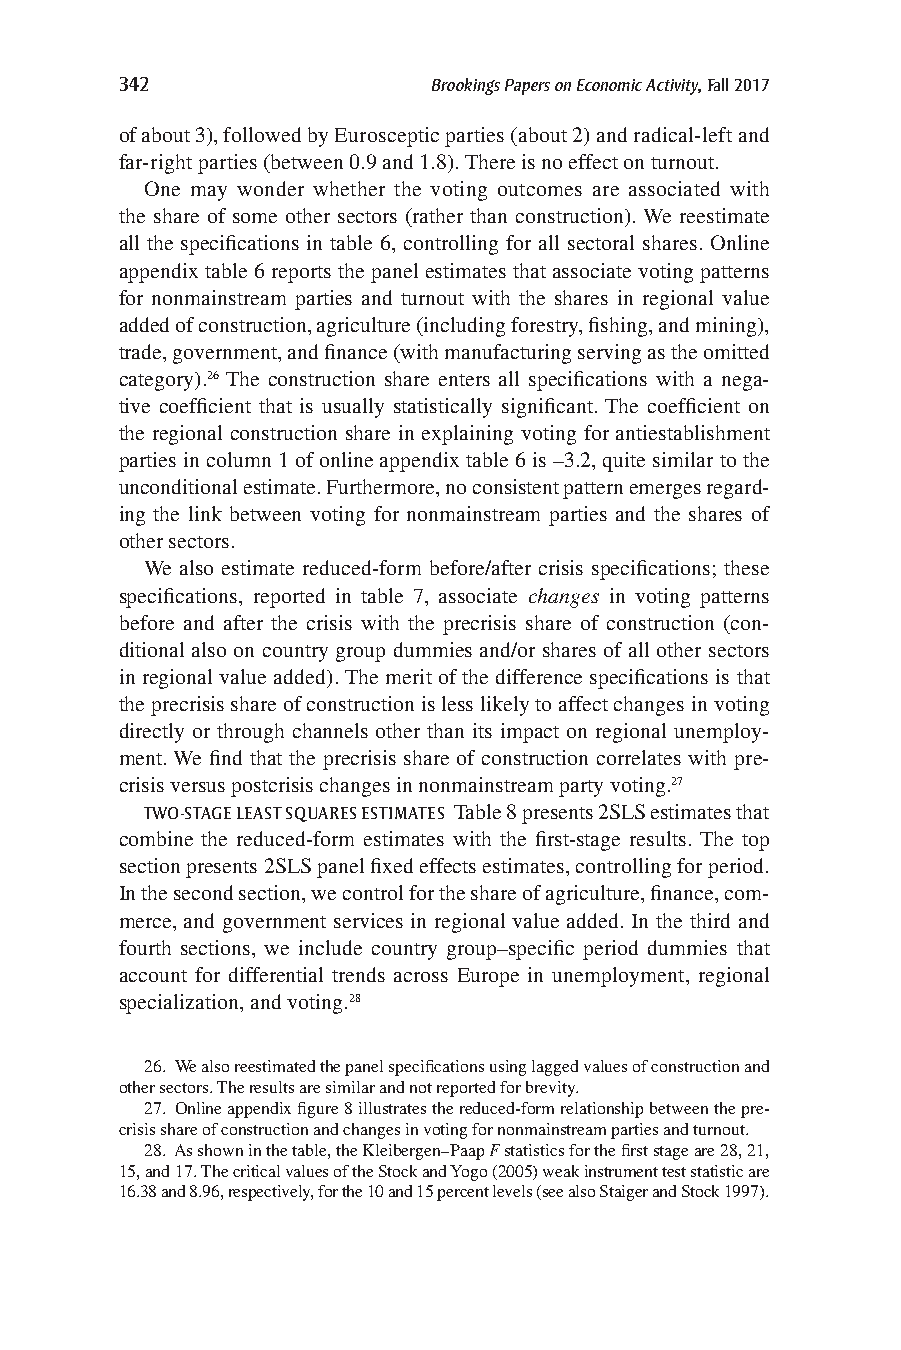
342                  Brookings Papers on Economic Activity, Fall 2017
 of about 3), followed by Eurosceptic parties (about 2) and radical-left and
 far-right parties (between 0.9 and 1.8). There is no effect on turnout.
 One may wonder whether the voting outcomes are associated with
 the share of some other sectors (rather than construction). We reestimate
 all the specifications in table 6, controlling for all sectoral shares. Online
 appendix table 6 reports the panel estimates that associate voting patterns
 for nonmainstream parties and turnout with the shares in regional value
 added of construction, agriculture (including forestry, fishing, and mining),
 trade, government, and finance (with manufacturing serving as the omitted
 category).26 The construction share enters all specifications with a nega-
 tive coefficient that is usually statistically significant. The coefficient on
 the regional construction share in explaining voting for antiestablishment
 parties in column 1 of online appendix table 6 is –3.2, quite similar to the
 unconditional estimate. Furthermore, no consistent pattern emerges regard-
 ing the link between voting for nonmainstream parties and the shares of
 other sectors.
 We also estimate reduced-form before/after crisis specifications; these
 specifications, reported in table 7, associate changes in voting patterns
 before and after the crisis with the precrisis share of construction (con-
 ditional also on country group dummies and/or shares of all other sectors
 in regional value added). The merit of the difference specifications is that
 the precrisis share of construction is less likely to affect changes in voting
 directly or through channels other than its impact on regional unemploy-
 ment. We find that the precrisis share of construction correlates with pre-
 crisis versus postcrisis changes in nonmainstream party voting.27
 TWO-STAGE LEAST SQUARES ESTIMATES Table 8 presents 2SLS estimates that
 combine the reduced-form estimates with the first-stage results. The top
 section presents 2SLS panel fixed effects estimates, controlling for period.
 In the second section, we control for the share of agriculture, finance, com-
 merce, and government services in regional value added. In the third and
 fourth sections, we include country group–specific period dummies that
 account for differential trends across Europe in unemployment, regional
 specialization, and voting.28
 26. We also reestimated the panel specifications using lagged values of construction and
 other sectors. The results are similar and not reported for brevity.
 27. Online appendix figure 8 illustrates the reduced-form relationship between the pre-
 crisis share of construction and changes in voting for nonmainstream parties and turnout.
 28. As shown in the table, the Kleibergen–Paap F statistics for the first stage are 28, 21,
 15, and 17. The critical values of the Stock and Yogo (2005) weak instrument test statistic are
 16.38 and 8.96, respectively, for the 10 and 15 percent levels (see also Staiger and Stock 1997).